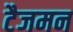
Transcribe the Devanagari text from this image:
टैजमन